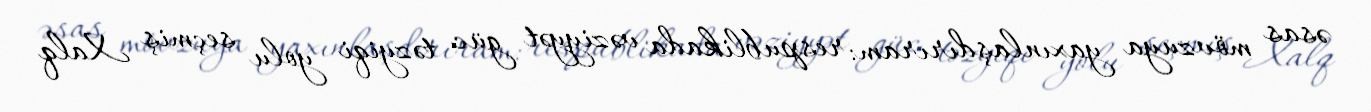
əsas mövzuya yaxınlaşdırıram: respublikada vəziyyət güc təzyiqi yolu seçmiş Xalq